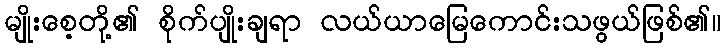
မျိုးစေ့တို့၏ စိုက်ပျိုးချရာ လယ်ယာမြေကောင်းသဖွယ်ဖြစ်၏။